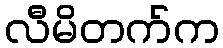
လီမိတက်က